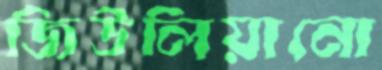
জিউলিয়ানো